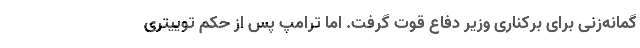
گمانه‌زنی برای برکناری وزیر دفاع قوت گرفت. اما ترامپ پس از حکم توییتری